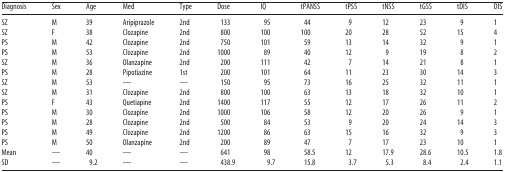
<table><thead><tr><td><b>Diagnosis</b></td><td><b>Sex</b></td><td><b>Age</b></td><td><b>Med</b></td><td><b>Type</b></td><td><b>Dose</b></td><td><b>IQ</b></td><td><b>tPANSS</b></td><td><b>tPSS</b></td><td><b>tNSS</b></td><td><b>tGSS</b></td><td><b>tDIS</b></td><td><b>DIS</b></td></tr></thead><tbody><tr><td>SZ</td><td>M</td><td>39</td><td>Aripiprazole</td><td>2nd</td><td>133</td><td>95</td><td>44</td><td>9</td><td>12</td><td>23</td><td>9</td><td>1</td></tr><tr><td>SZ</td><td>F</td><td>38</td><td>Clozapine</td><td>2nd</td><td>800</td><td>100</td><td>100</td><td>20</td><td>28</td><td>52</td><td>15</td><td>4</td></tr><tr><td>PS</td><td>M</td><td>42</td><td>Clozapine</td><td>2nd</td><td>750</td><td>101</td><td>59</td><td>13</td><td>14</td><td>32</td><td>9</td><td>1</td></tr><tr><td>PS</td><td>M</td><td>53</td><td>Clozapine</td><td>2nd</td><td>1000</td><td>89</td><td>40</td><td>12</td><td>9</td><td>19</td><td>8</td><td>2</td></tr><tr><td>SZ</td><td>M</td><td>36</td><td>Olanzapine</td><td>2nd</td><td>200</td><td>111</td><td>42</td><td>7</td><td>14</td><td>21</td><td>8</td><td>1</td></tr><tr><td>PS</td><td>M</td><td>28</td><td>Pipotiazine</td><td>1st</td><td>200</td><td>101</td><td>64</td><td>11</td><td>23</td><td>30</td><td>14</td><td>3</td></tr><tr><td>SZ</td><td>M</td><td>53</td><td>—</td><td>—</td><td>150</td><td>95</td><td>73</td><td>16</td><td>25</td><td>32</td><td>11</td><td>1</td></tr><tr><td>SZ</td><td>M</td><td>31</td><td>Clozapine</td><td>2nd</td><td>800</td><td>100</td><td>63</td><td>13</td><td>18</td><td>32</td><td>10</td><td>1</td></tr><tr><td>PS</td><td>F</td><td>43</td><td>Quetiapine</td><td>2nd</td><td>1400</td><td>117</td><td>55</td><td>12</td><td>17</td><td>26</td><td>11</td><td>2</td></tr><tr><td>PS</td><td>M</td><td>30</td><td>Clozapine</td><td>2nd</td><td>1000</td><td>106</td><td>58</td><td>12</td><td>20</td><td>26</td><td>9</td><td>1</td></tr><tr><td>PS</td><td>M</td><td>28</td><td>Clozapine</td><td>2nd</td><td>500</td><td>84</td><td>53</td><td>9</td><td>20</td><td>24</td><td>14</td><td>3</td></tr><tr><td>PS</td><td>M</td><td>49</td><td>Clozapine</td><td>2nd</td><td>1200</td><td>86</td><td>63</td><td>15</td><td>16</td><td>32</td><td>9</td><td>3</td></tr><tr><td>PS</td><td>M</td><td>50</td><td>Olanzapine</td><td>2nd</td><td>200</td><td>89</td><td>47</td><td>7</td><td>17</td><td>23</td><td>10</td><td>1</td></tr><tr><td>Mean</td><td>—</td><td>40</td><td>—</td><td>—</td><td>641</td><td>98</td><td>58.5</td><td>12</td><td>17.9</td><td>28.6</td><td>10.5</td><td>1.8</td></tr><tr><td>SD</td><td>—</td><td>9.2</td><td>—</td><td>—</td><td>438.9</td><td>9.7</td><td>15.8</td><td>3.7</td><td>5.3</td><td>8.4</td><td>2.4</td><td>1.1</td></tr></tbody></table>